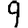
Digit: 9